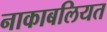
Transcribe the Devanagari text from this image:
नाकाबलियत